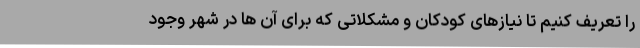
را تعریف کنیم تا نیازهای کودکان و مشکلاتی که برای آن ها در شهر وجود